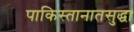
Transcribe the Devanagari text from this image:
पाकिस्तानातसुद्धा